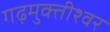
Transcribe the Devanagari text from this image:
गढ़मुक्तीश्वर